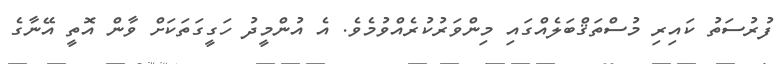
ފުރުސަތު ކައިރި މުސްތަޤްބަލެއްގައި މިންވަރުކުރެއްވުމެވެ. އެ އުންމީދު ހަގީގަތަކަށް ވާން އޮތީ އޭނާގެ